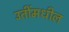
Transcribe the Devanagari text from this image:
उतींमधील